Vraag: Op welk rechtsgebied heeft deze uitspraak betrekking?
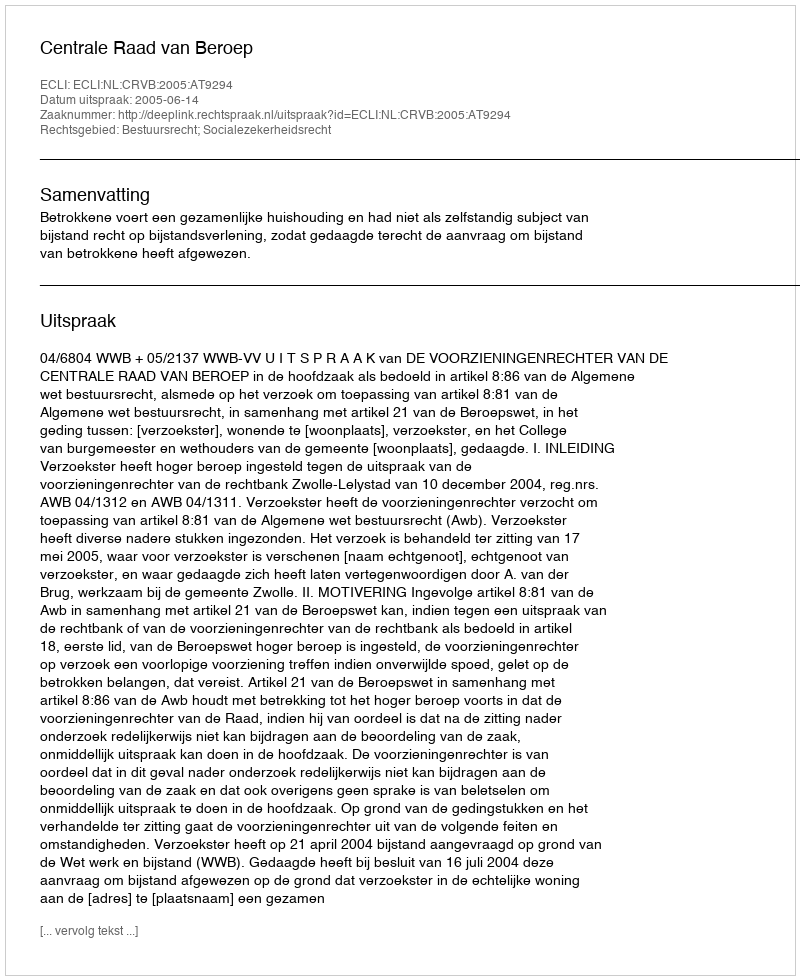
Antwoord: Bestuursrecht; Socialezekerheidsrecht